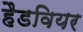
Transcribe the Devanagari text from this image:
हैडवियर